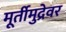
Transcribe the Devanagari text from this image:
मूर्तीमुद्रेवर